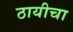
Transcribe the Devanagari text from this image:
ठायीचा